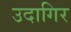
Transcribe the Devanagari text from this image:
उदागिर